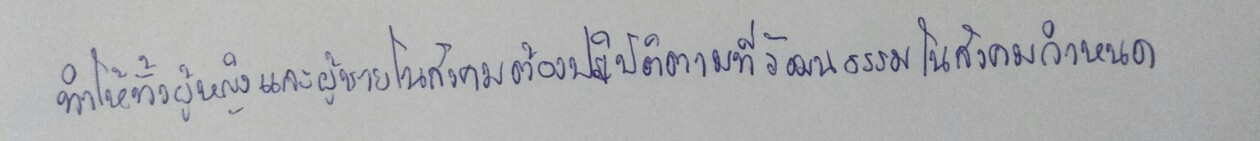
ทำให้ทั้งผู้หญิงและผู้ชายในสังคมต้องปฏิบัติตามที่วัฒนธรรมในสังคมกำหนด